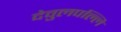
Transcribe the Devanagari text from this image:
देवुलपल्लि